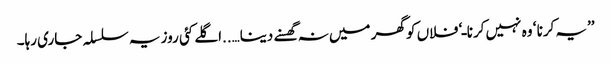
’’یہ کرنا ‘ وہ نہیں کرنا ـ‘ فلاں کو گھر میں نہ گھسنے دینا…..اگلے کئی روز یہ سلسلہ جاری رہا۔